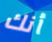
أنك